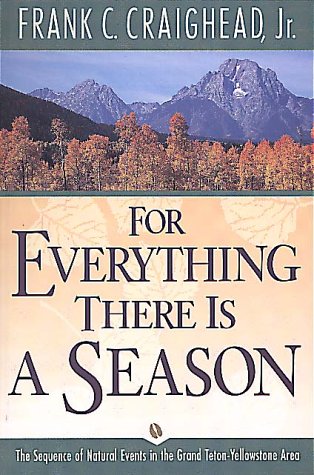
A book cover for For Everything There Is a Season: The Sequence of Natural Events in the Grand Teton-Yellowstone Area; Frank C. Craighead  Jr.; Science & Math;